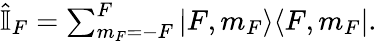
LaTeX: \begin{array}{r}{\hat{\mathbb{I}}_{F}=\sum_{m_{F}=-F}^{F}|F,m_{F}\rangle\langle F,m_{F}|.}\end{array}